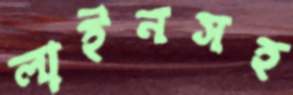
লাইনসহ